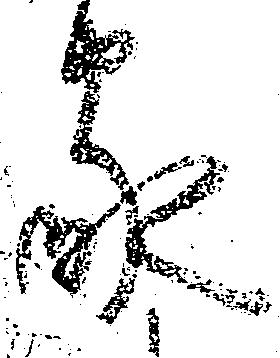
家